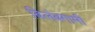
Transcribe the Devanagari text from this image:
बिलंबगामी